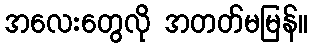
အလေးတွေလို အတတ်မမြန်။